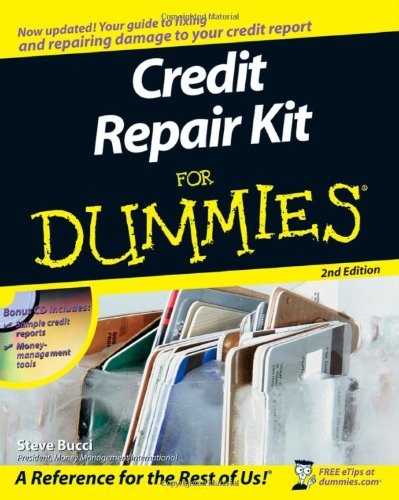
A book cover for Credit Repair Kit For Dummies; Stephen R. Bucci; Business & Money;